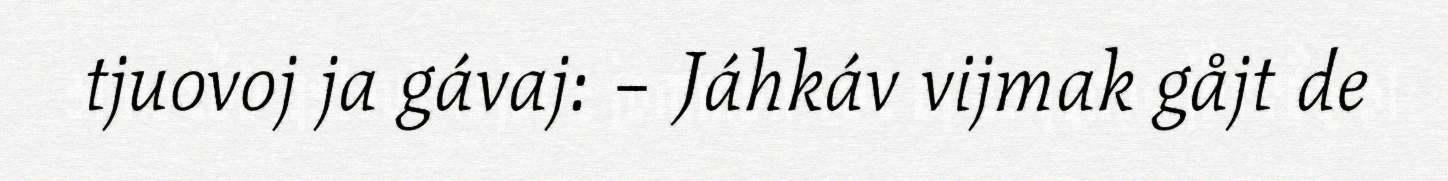
tjuovoj ja gávaj: – Jáhkáv vijmak gåjt de